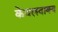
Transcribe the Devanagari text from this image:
केवलवाक्य